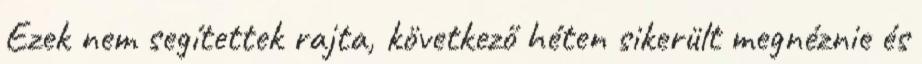
Ezek nem segítettek rajta, következő héten sikerült megnéznie és